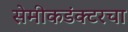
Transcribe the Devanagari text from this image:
सेमीकडंक्टरचा